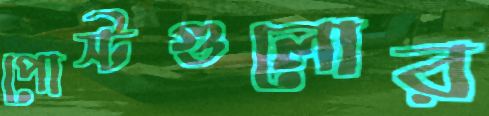
পোস্টগুলোর